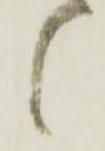
候